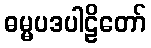
ဓမ္မပဒပါဠိတော်